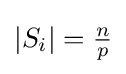
{\textstyle \left\vert S_{i}\right\vert ={\frac {n}{p}}}